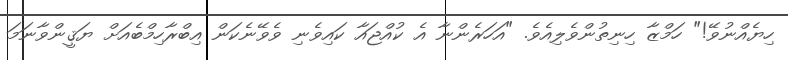
ހިޔެއްނުވޭ!" ހަމްޒާ ހިނިތުންވެލިއެވެ. "އަހަރެންނާ އެ ކުއްޖައާ ކައިވެނި ވެވޭނެކަން އިބްރާހިމްބެއަށް ޔަޤީންވާނަމަ